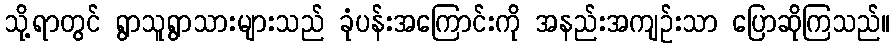
သို့ရာတွင် ရွာသူရွာသားများသည် ခုံပန်းအကြောင်းကို အနည်းအကျဉ်းသာ ပြောဆိုကြသည်။